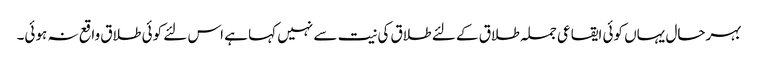
بہرحال یہاں کوئی ایقاعی جملہ طلاق کے لئے طلاق کی نیت سے نہیں کہا ہے اس لئے کوئی طلاق واقع نہ ہوئی۔